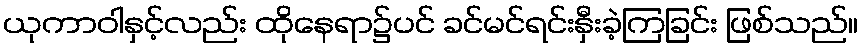
ယုကာဝါနှင့်လည်း ထိုနေရာ၌ပင် ခင်မင်ရင်းနှီးခဲ့ကြခြင်း ဖြစ်သည်။